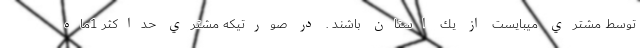
توسط مشتري ميبايست از يك استان باشند . در صورتيكه مشتري حداكثر 1ماه